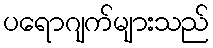
ပရောဂျက်များသည်